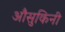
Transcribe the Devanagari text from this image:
औसुकिनी